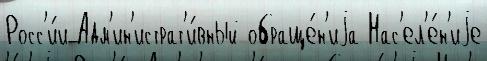
Росс'и́и Адм'ин'истрат'и́вный обраще́н'иjа Нас'ел'е́н'иjе